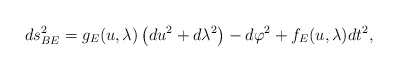
\begin{align*}ds_{BE}^{2}=g_{E}(u,\lambda )\left( du^{2}+d\lambda ^{2}\right) -d\varphi^{2}+f_{E}(u,\lambda )dt^{2}, \end{align*}